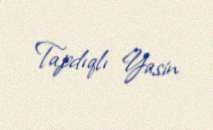
Tapdıqlı Yasin